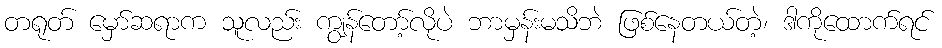
တရုတ် မှော်ဆရာက သူလည်း ကျွန်တော့်လိုပဲ ဘာမှန်းမသိဘဲ ဖြစ်နေတယ်တဲ့၊ ဒါကိုထောက်ရင်